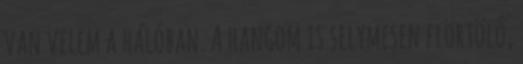
van velem a hálóban. A hangom is selymesen flörtölő,